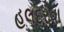
હલદરવા